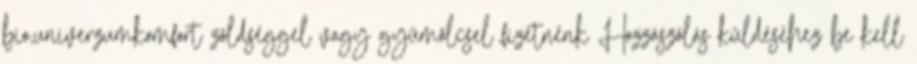
bio,univerzumkomfort zöldséggel vagy gyümölcsel fizetnénk Hozzászólás küldéséhez be kell